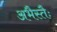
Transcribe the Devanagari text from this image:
अभैस्तैः